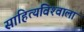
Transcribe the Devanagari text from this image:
साहित्यविश्‍वाला